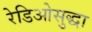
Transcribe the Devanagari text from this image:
रेडिओसुद्धा